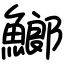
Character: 䱶